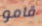
قامو